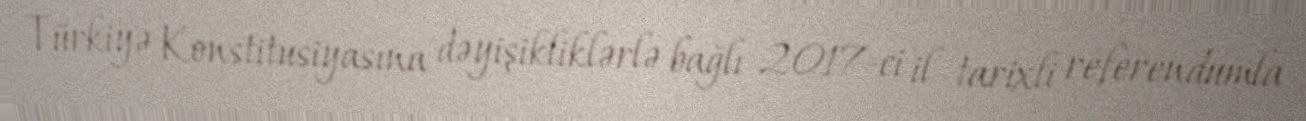
Türkiyə Konstitusiyasına dəyişikliklərlə bağlı 2017-ci il tarixli referendumla